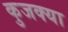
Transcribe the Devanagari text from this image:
कुजक्या